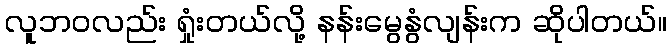
လူဘဝလည်း ရှုံးတယ်လို့ နန်းမွေနွံလျန်းက ဆိုပါတယ်။